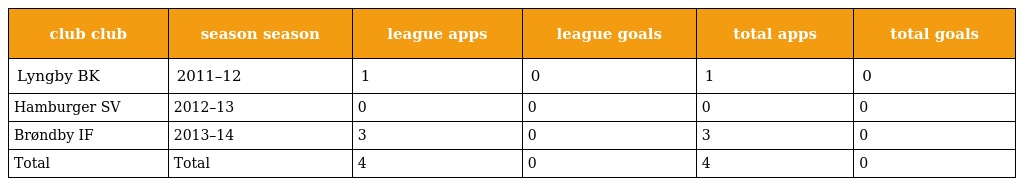
| club club | season season | league apps | league goals | total apps | total goals |
 | --- | --- | --- | --- | --- | --- |
 | Lyngby BK | 2011–12 | 1 | 0 | 1 | 0 |
 | Hamburger SV | 2012–13 | 0 | 0 | 0 | 0 |
 | Brøndby IF | 2013–14 | 3 | 0 | 3 | 0 |
 | Total | Total | 4 | 0 | 4 | 0 |